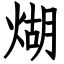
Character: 煳